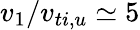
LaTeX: v_{1}/v_{ti,u}\simeq 5